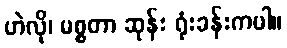
ဟဲလို၊ မစ္စတာ ဆုန်း ရုံးခန်းကပါ။